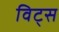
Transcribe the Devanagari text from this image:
विट्स